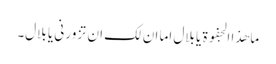
ما ھذا الجفوۃ یا بلال اما ان لک ان تزور نی یا بلال۔